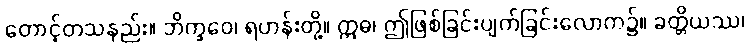
တောင့်တသနည်း။ ဘိက္ခဝေ၊ ရဟန်းတို့။ ဣဓ၊ ဤဖြစ်ခြင်းပျက်ခြင်းလောက၌။ ခတ္တိယဿ၊